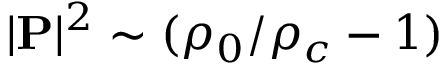
| { \bf P } | ^ { 2 } \sim ( \rho _ { 0 } / \rho _ { c } - 1 )